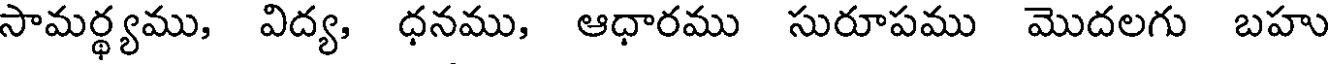
సామర్థ్యము, విద్య, ధనము, ఆధారము సురూపము మొదలగు బహు